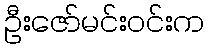
ဦးဇော်မင်းဝင်းက